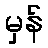
မှန်